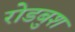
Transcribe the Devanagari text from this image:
रोडबुश